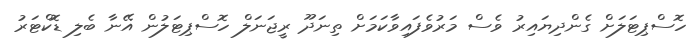
ހޮސްޕިޓަލަށް ގެންދިޔައިރު ވެސް މަރުވެފައިވާކަމަށް ތިނަދޫ ރީޖަނަލް ހޮސްޕިޓަލުން އޭނާ ބެލި ޑޮކްޓަރު